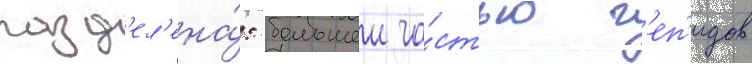
разд'ел'ена́: большеи ча́стью г'еп'идов